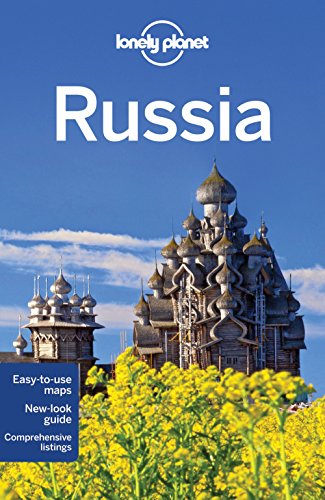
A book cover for Lonely Planet Russia (Travel Guide); Lonely Planet; Travel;